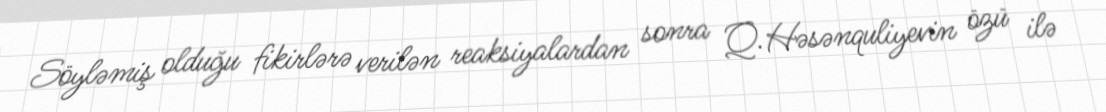
Söyləmiş olduğu fikirlərə verilən reaksiyalardan sonra Q.Həsənquliyevin özü ilə